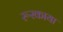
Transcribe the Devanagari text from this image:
रूस्काया